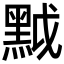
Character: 𪐶